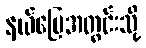
နယ်မြေအတွင်းသို့